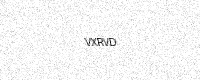
Text: VXRVD